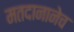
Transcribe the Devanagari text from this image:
मतदानानेच